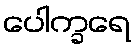
ပေါက္ခရေ